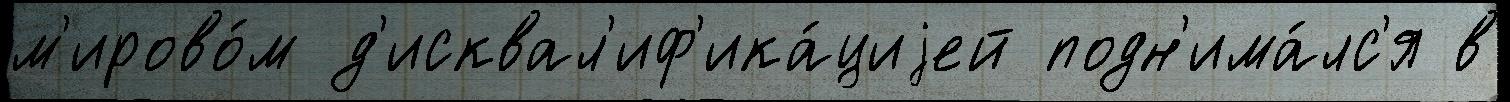
м'ирово́м д'исквал'иф'ика́циjей подн'има́лс'я в